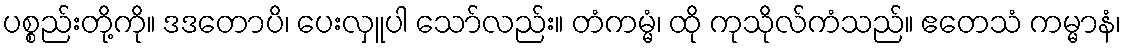
ပစ္စည်းတို့ကို။ ဒဒတောပိ၊ ပေးလှူပါ သော်လည်း။ တံကမ္မံ၊ ထို ကုသိုလ်ကံသည်။ ဧတေသံ ကမ္မာနံ၊